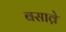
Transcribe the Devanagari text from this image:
बसावे़